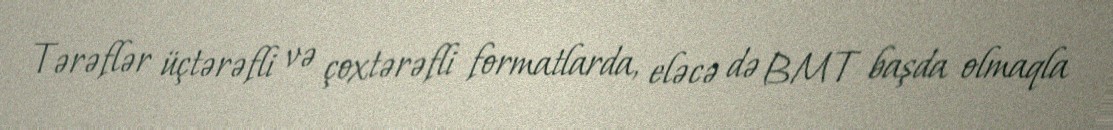
Tərəflər üçtərəfli və çoxtərəfli formatlarda, eləcə də BMT başda olmaqla